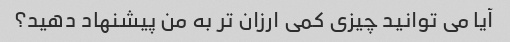
آیا می توانید چیزی کمی ارزان تر به من پیشنهاد دهید؟